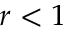
r < 1